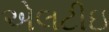
એલટીઇ